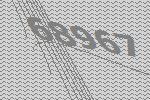
68967